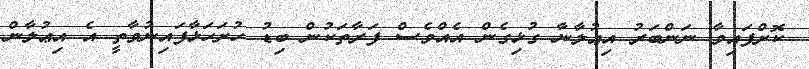
ކޮށްފައިވާ ނަންބަރު އިޢުލާނާ ގުޅިގެން އެއްވެސް ފަރާތަކުން ބިޑު ހުށަހަޅާފައިނުވާތީ އެ އިޢުލާން